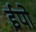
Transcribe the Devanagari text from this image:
ईपो